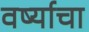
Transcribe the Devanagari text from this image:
वर्ष्याचा